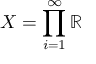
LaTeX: X = \prod _ { i = 1 } ^ { \infty } \mathbb { R }